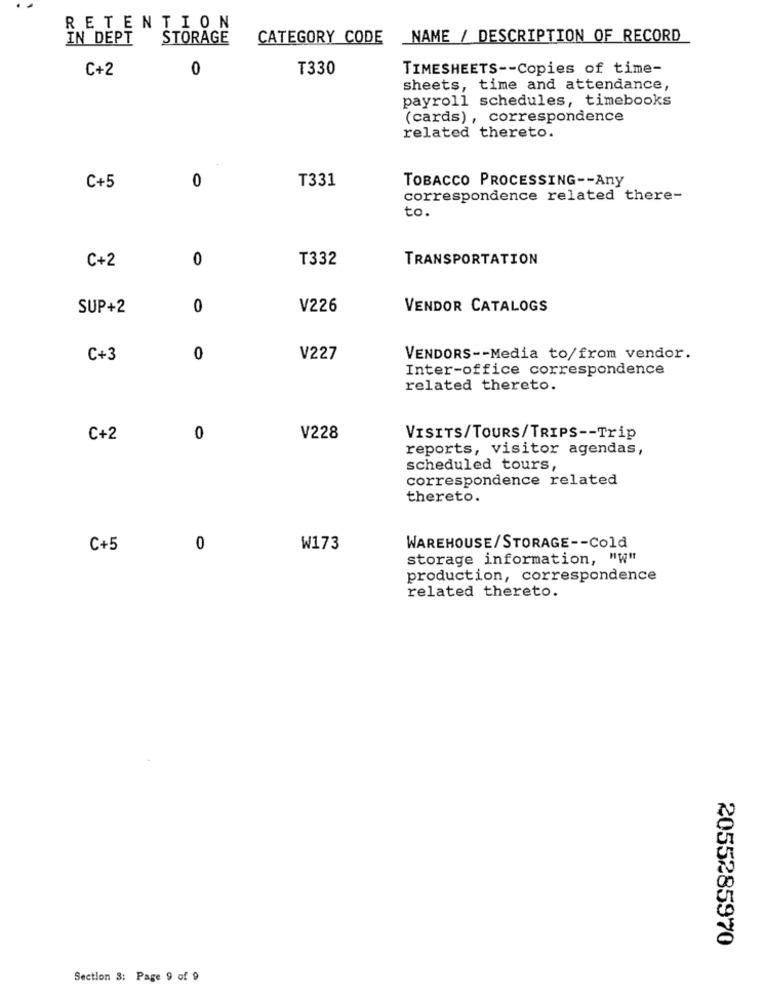
RETENTION
IN DEPT
STORAGE
CATEGORY CODE
NAME / DESCRIPTION OF RECORD
C+2
0
T330
TIMESHEETS -- Copies of time-
sheets, time and attendance,
payroll schedules, timebooks
(cards), correspondence
related thereto.
0
T331
TOBACCO PROCESSING -- Any
C+5
correspondence related there-
to.
0
T332
TRANSPORTATION
C+2
SUP+2
0
V226
VENDOR CATALOGS
C+3
0
V227
VENDORS -- Media to/from vendor.
Inter-office correspondence
related thereto.
C+2
0
V228
VISITS/TOURS/TRIPS -- Trip
reports, visitor agendas,
scheduled tours,
correspondence related
thereto.
C+5
0
W173
WAREHOUSE/STORAGE -- Cold
storage information, "W"
production, correspondence
related thereto.
2055285970
Section 8: Page 9 of 9